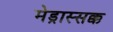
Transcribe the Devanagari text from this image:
मेड्रास्सक्क